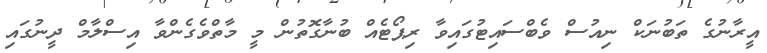
އީރާނުގެ ތަބުނަކް ނިއުސް ވެބްސައިޓުގައިވާ ރިޕޯޓެއް ބުނާގޮތުން މީ މާތްވެގެންވާ އިސްލާމް ދީނުގައި